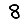
Digit: 8